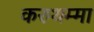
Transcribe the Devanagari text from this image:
करुथम्मा